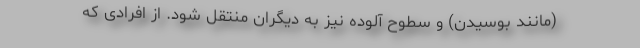
(مانند بوسیدن) و سطوح آلوده نیز به دیگران منتقل شود. از افرادی که